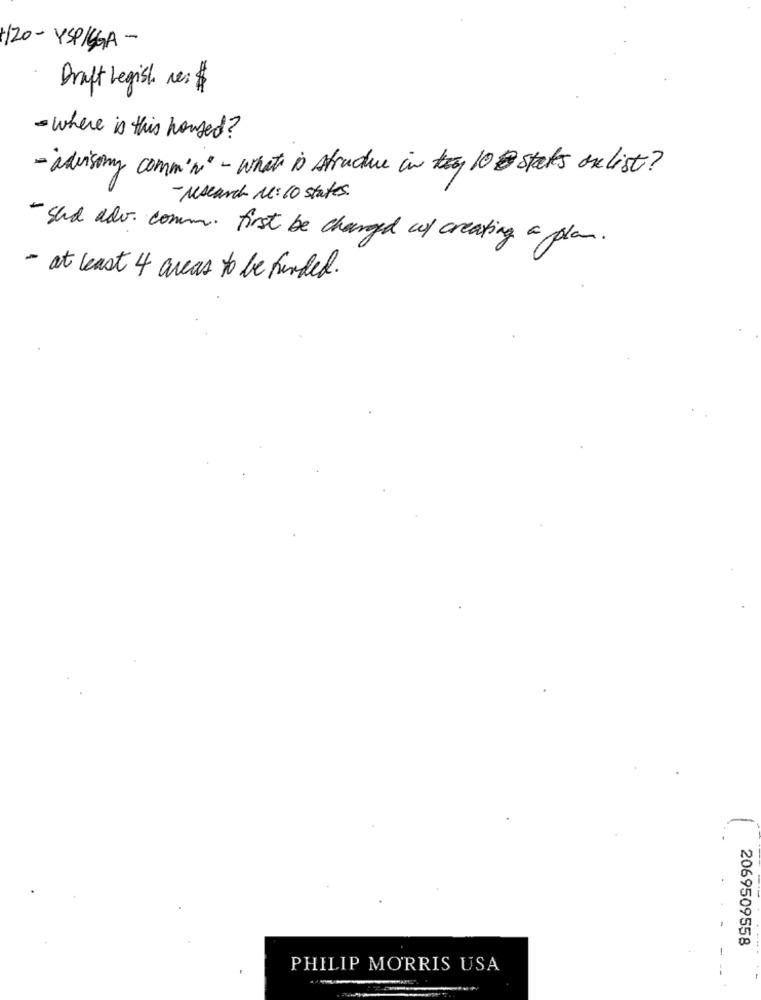
H120- YSPIGGA -
Draft Legisl re: $
- where is this housed?
- advisory commini - what is structure in key 10 staks on list?
- research Me: 10 states.
- Shd adv. comm. first be changed of creating a plan.
- at least 4 areas to be funded.
2069509558
PHILIP MORRIS USA